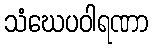
သံဃေပဝါရဏာ